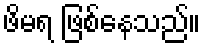
ဖိမရ ဖြစ်နေသည်။